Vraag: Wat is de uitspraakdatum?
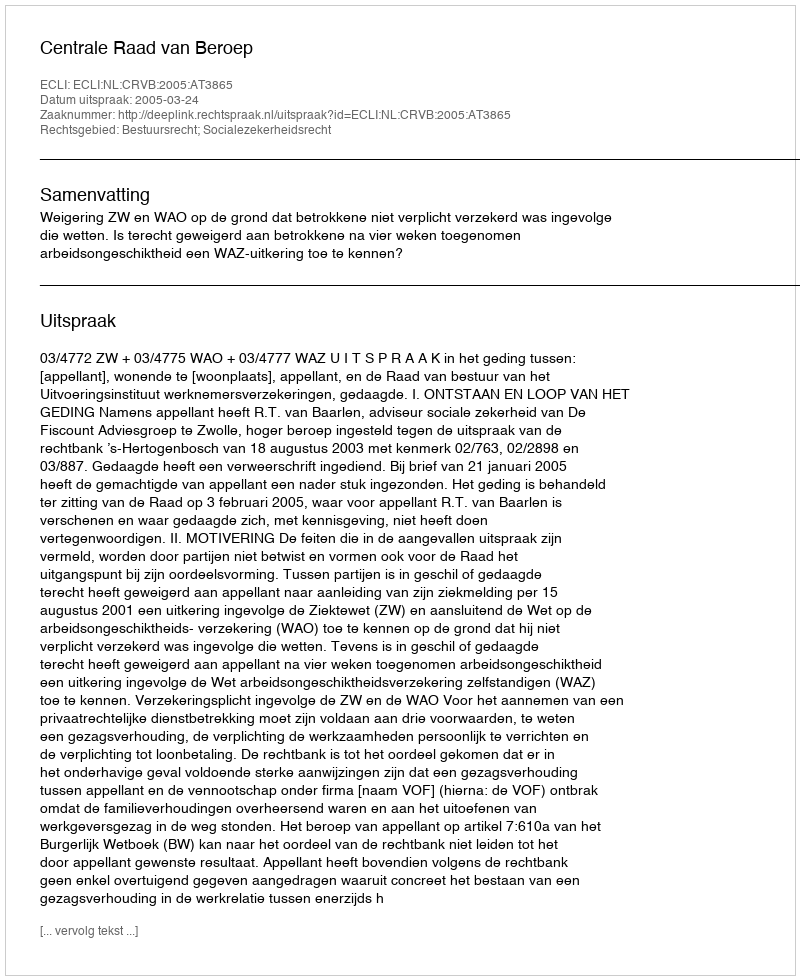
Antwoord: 2005-03-24